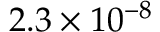
2 . 3 \times 1 0 ^ { - 8 }